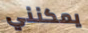
يمكنني